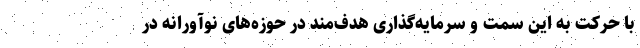
با حرکت به این سمت و سرمایه‌گذاری هدف‌مند در حوزه‌های نوآورانه در